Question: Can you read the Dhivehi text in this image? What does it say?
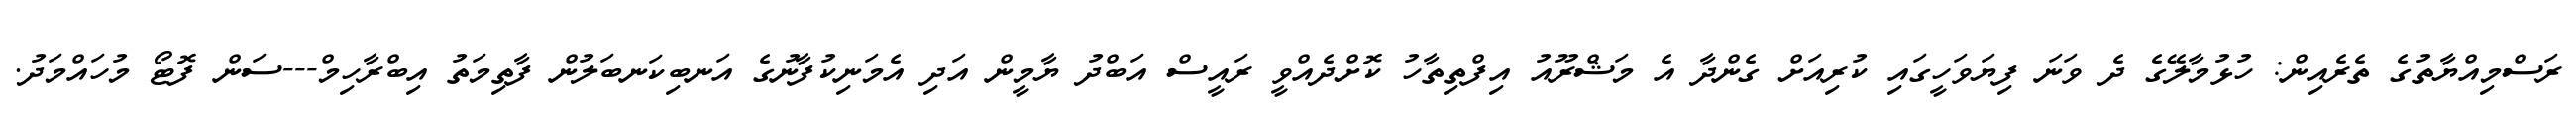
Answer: ރަސްމިއްޔާތުގެ ތެރެއިން: ހުޅުމާލޭގެ ދެ ވަނަ ފިޔަވަހީގައި ކުރިއަށް ގެންދާ އެ މަޝްރޫއު އިފްތިތާހު ކޮށްދެއްވީ ރައީސް އަބްދު ޔާމީން އަދި އެމަނިކުފާނުގެ އަނބިކަނބަލުން ފާތިމަތު އިބްރާހިމް---ސަން ފޮޓޯ މުހައްމަދު.